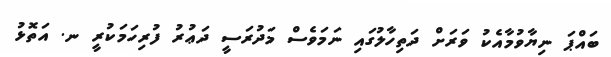
ބައްޕަ ނިޔާވުމާއެކު ވަރަށް ދަތިހާލުގައި ނަމަވެސް މަދުރަސީ ދަޢުރު ފުރިހަމަކުރީ ނ. އަތޮޅު